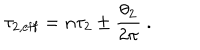
\tau _ { 2 , \mathrm { e f f } } = n \tau _ { 2 } \pm \frac { \theta _ { 2 } } { 2 \pi } \ .